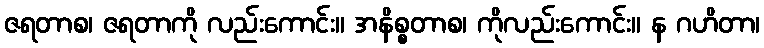
ဇရတာစ၊ ဇရတာကို လည်းကောင်း။ အနိစ္စတာစ၊ ကိုလည်းကောင်း။ န ဂဟိတာ၊